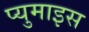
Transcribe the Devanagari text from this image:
प्युमाइस